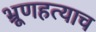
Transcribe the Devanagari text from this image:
भ्रूणहत्याच